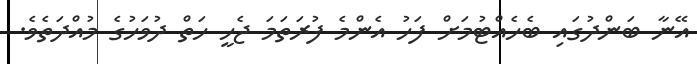
އޭނާ ބަންދުގައި ބެހެއްޓުމަށް ފަހު އެންމެ ފުރަތަމަ ޖެހީ ހަތް ދުވަހުގެ މުއްދަތެވެ.